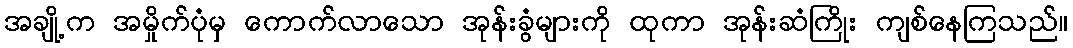
အချို့က အမှိုက်ပုံမှ ကောက်လာသော အုန်းခွံများကို ထုကာ အုန်းဆံကြိုး ကျစ်နေကြသည်။